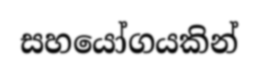
සහයෝගයකින්